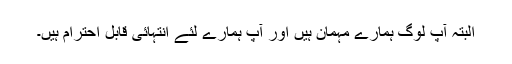
البتہ آپ لوگ ہمارے مہمان ہیں اور آپ ہمارے لئے انتہائی قابل احترام ہیں۔